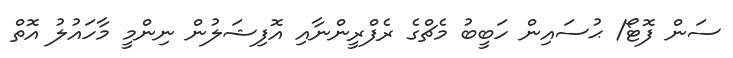
ސަން ފޮޓޯ/ ޙުސައިން ހަބީބު މެޗްގެ ރެފްރީންނާއި އޮފިޝަލުން ނިންމީ މާހައުލު އޮތް